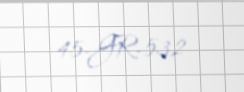
45-GR-532